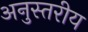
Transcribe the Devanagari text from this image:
अनुस्तरीय